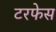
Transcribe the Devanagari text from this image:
टरफेस